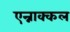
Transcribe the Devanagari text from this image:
एन्नाक्कल